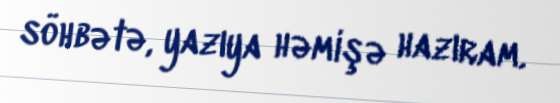
söhbətə, yazıya həmişə hazıram.